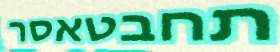
תחבטאסר